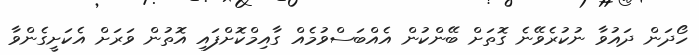
ހޯދަން ދައުވާ ނުކުރެވޭނެ ގޮތަށް ބޭންކުން އެއްބަސްވުމެއް ގާއިމްކޮށްފައި އޮތުން ވަރަށް އެކަށީގެންވާ